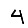
Digit: 4